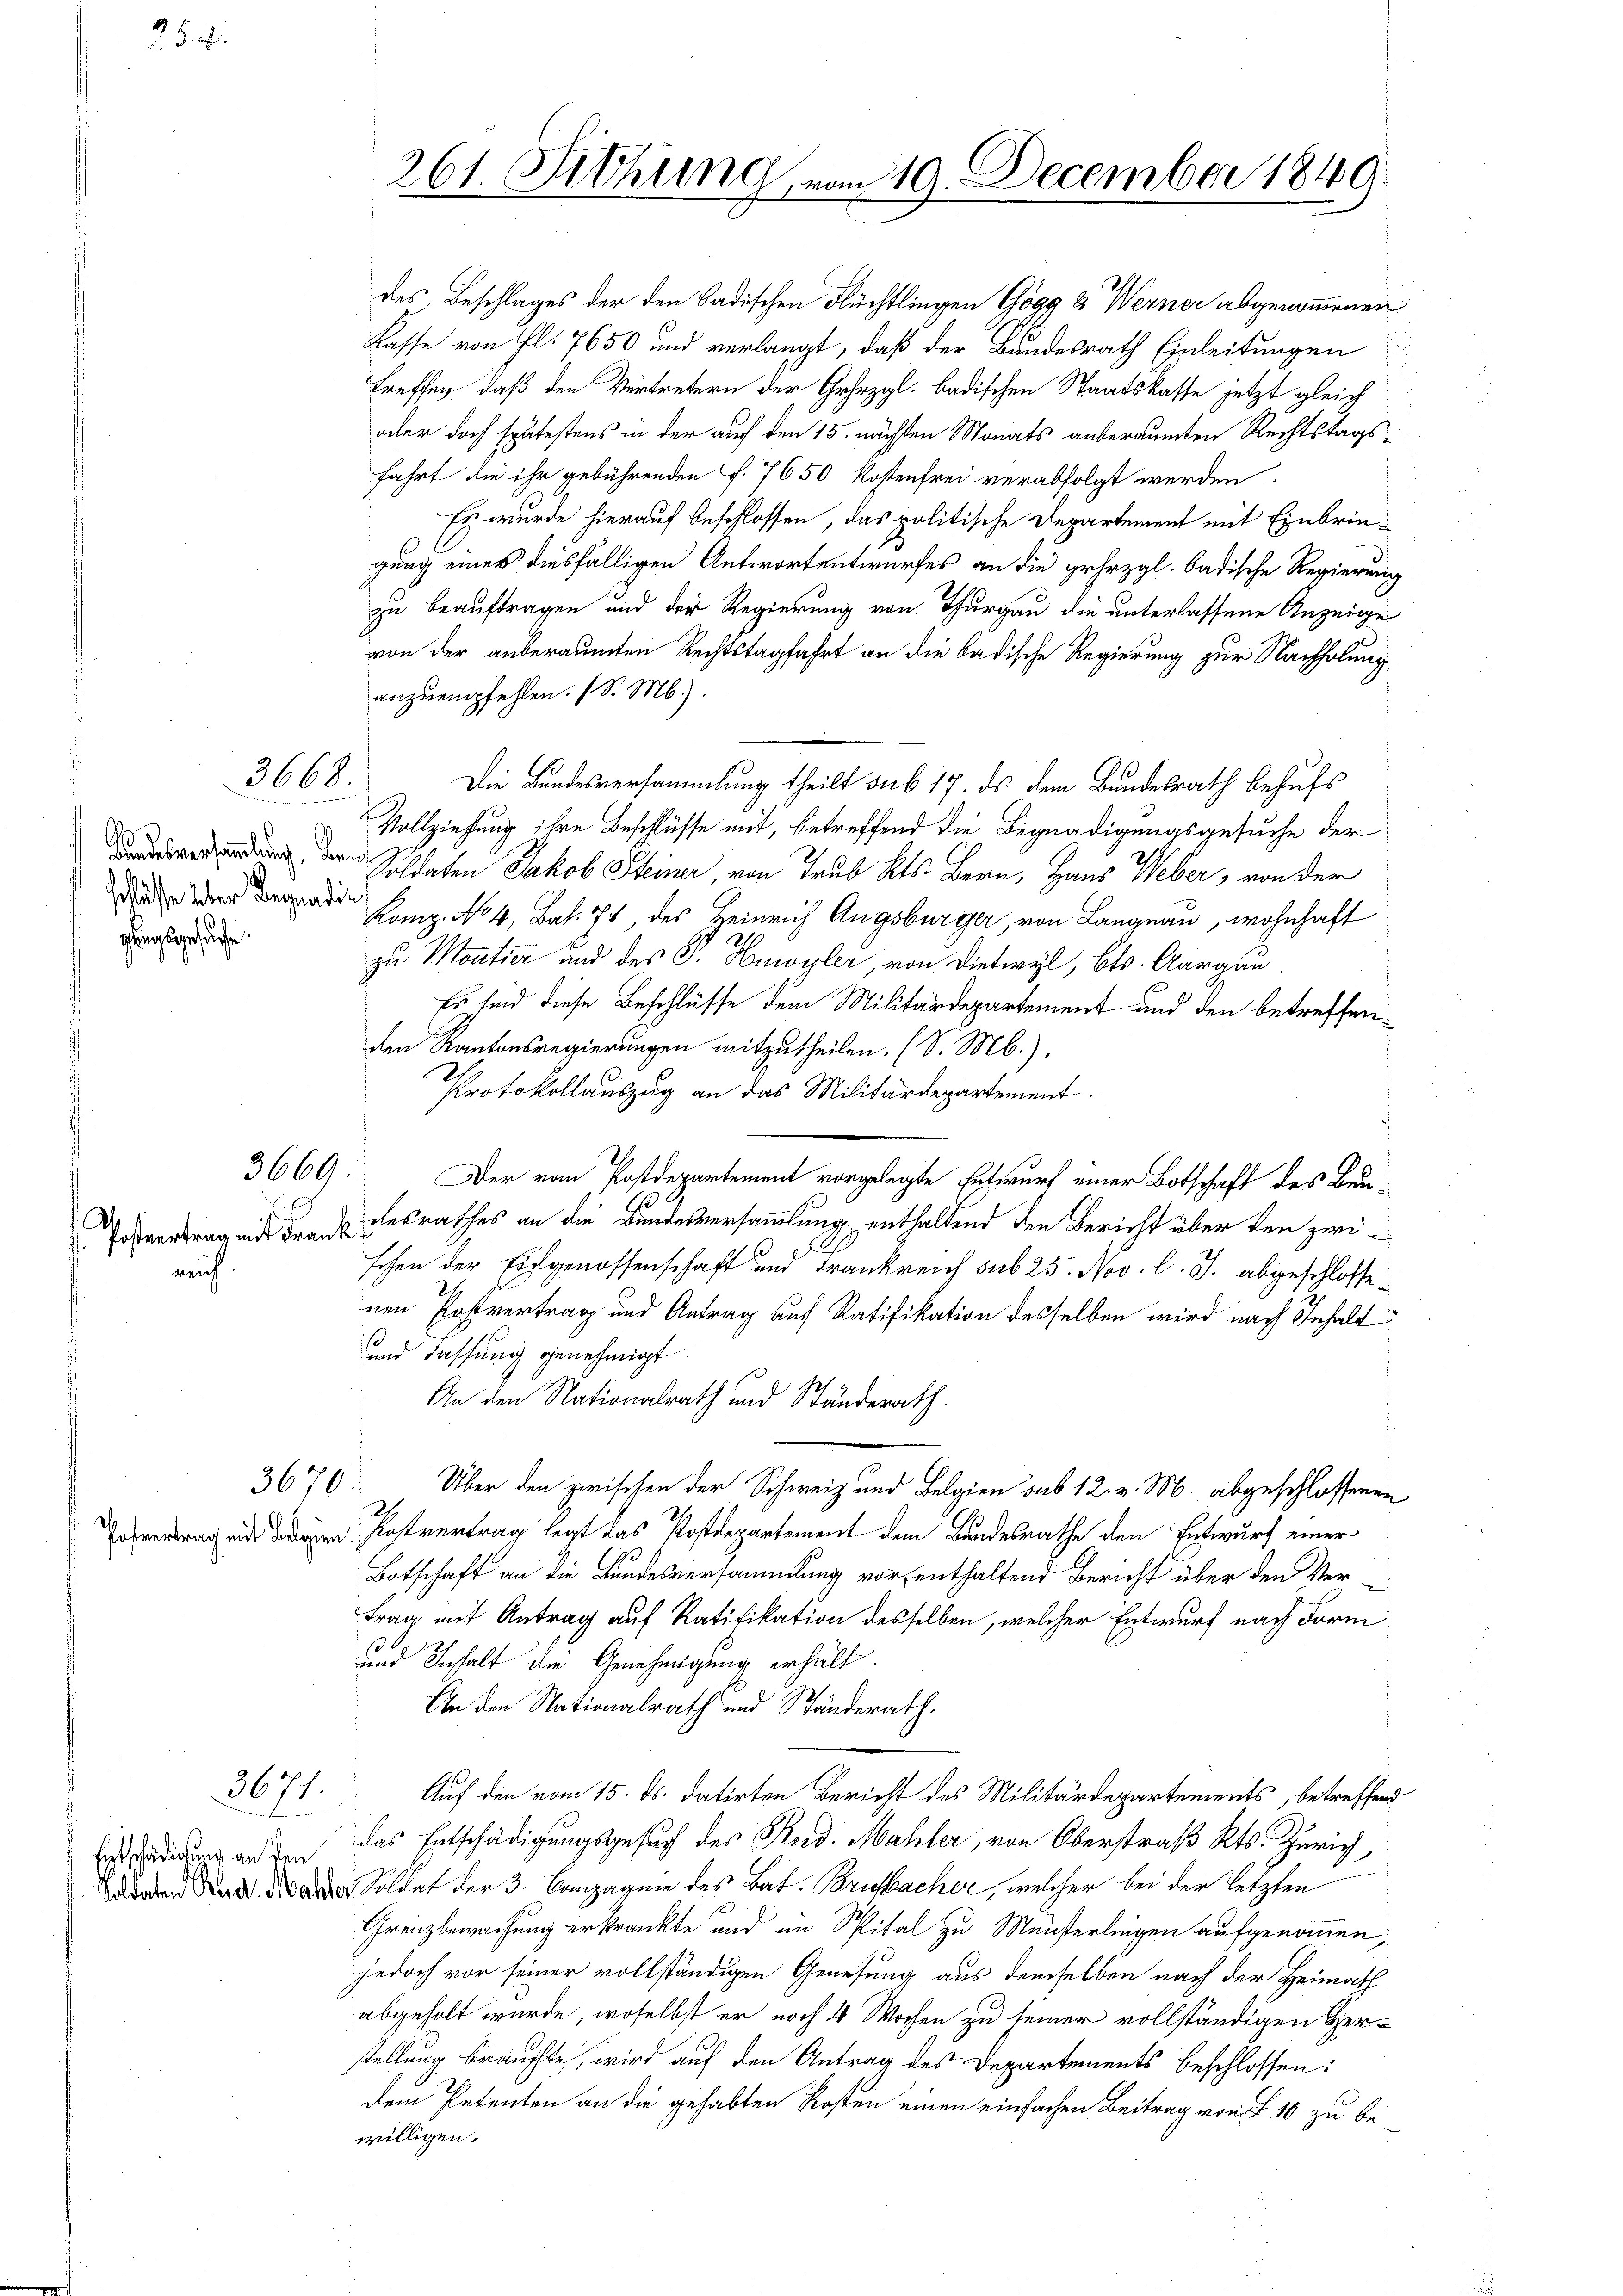
r
schlüsse über Begnadig
gangsgesuche.

reich.

3668.

3669:

.

3670.

3671.
Entschädigung an den
Soldaten Rud. Mahl

des, Beschlages der den badischen Flüchtlingen Gögg & Werner abgenommenen
Kasse von fl. 7650 und verlangt, daß der Bundesrath Einleitungen
treffen, daß den Vertretern der Gehezgl. badischen Staatskasse jetzt gleich
oder doch spätestens in der auf den 15. nächsten Monats anberaumten Rechtstagsfahrt die ihr gebührenden f. 7650 Kostenfrei verabfolgt werden.
Ey wurde hierauf beschlossen, das politische Departement mit Einbringung eines diesfälligen Antwortentwurfes an die gehezgl. badische Regierung
zu beauftragen und der Regierung von Thurgau die unterlassene Anzeige
von der anberaumten Rechtstagfahrt an die badische Regierung zur Nachholung
anzuempfehlen. (S. M.).
Die Bundesversammlung theilt sub 17. ds dem Bundesrath behufs
Vollziehung ihre Beschlüsse mit, betreffend die Begnadigungsgesuche der
 der Soldaten Jakob Steiner, von Trub Kts. Bern, Haus Weber, von der
Komp. No 4, Bat. 74, des Heinrich Augsburger, von Langnau, wohnhaft
zu Moutier und des P. Huwyler, von Dietwyl, Cts. Aargau
Es sind diese Beschlüsse dem Militärdepartement und den betreffenden Kantonsregierungen mitzutheilen. (S. M.),
Protokollauszug an das Militärdepartement.
Der vom Postdepartement vorgelegte Entwurf einer Botschaft des Baul
svertragend den desrathes an die Bundesversammlung enthaltend den Bericht über den zwisehen der Eidgenossenschaft und Frankreich sub 25. Nov. l. J. abgeschlosse¬
2
nen Postvertrag und Antrag auf Ratifikation desselben wird nach Inhalt
10
und Fassung genehmigt.
An den Nationalrath und Ständerath.
Über den zwischen der Schweiz und Belgien sub 12. v. M. abgeschlossenen
ofvertrag mit den Postvertrag legt das Postdepartement dem Bundesrathe den Entwurf einer
Botschaft an die Bundesversammlung vor, enthaltend Bericht über den Vertrag mit Antrag auf Ratifikation desselben, welcher Entwurf nach Form
13.
und Inhalt die Genehmigung erhält.
An den Nationalrath und Ständerath,
Auf den vom 15. ds. datirten Bericht des Militärdepartements, betreffend
das Entschädigungsgesuch des Rud. Mahler, von Oberstraß Kts. Zürich,
 Soldat der 3. Canzagnie des Bat. Brisbacher, welcher bei der letzten
Grenzbewachung erkränkte und in Spital zu Münsterlingen aufgenommen,
jedoch vor seiner vollständigen Genesung aus demselben nach der Heimath
abgeholt wurde, woselbst er noch 4 Wochen zu seiner vollständigen Herstellung brauchte, wird auf den Antrag des Departements beschlossen:
dem Petenten an die gehabten Kosten einen einfachen Beitrag von L. 10 zu bewilligen.

261. Sitzung in

m 19. December 1849.